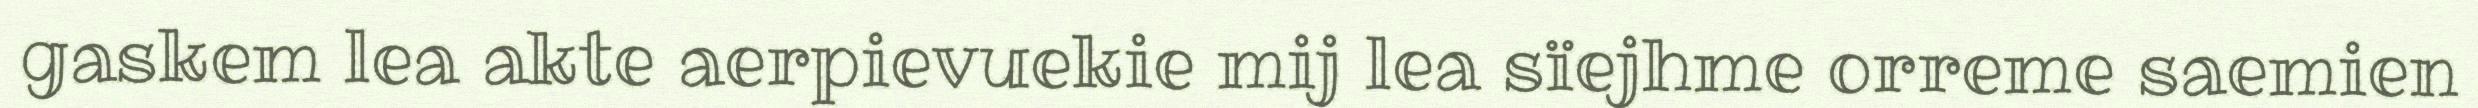
gaskem lea akte aerpievuekie mij lea sïejhme orreme saemien